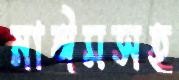
নাঈমসহ